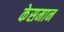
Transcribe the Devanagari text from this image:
केसमान